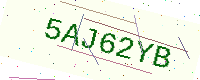
Text: 5AJ62YB